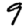
Digit: 9